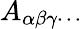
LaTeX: A_{\alpha\beta\gamma\cdots}